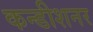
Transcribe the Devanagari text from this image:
कन्डीशनर